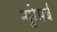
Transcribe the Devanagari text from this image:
न्यूरेमर्ब